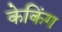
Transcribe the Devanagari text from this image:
केकिंग